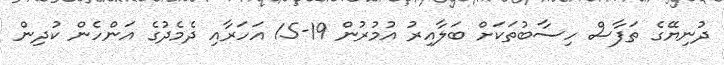
ދުނިޔޭގެ ތަފާސް ހިސާބުތަކަށް ބަލާއިރު އުމުރުން 19-15 އަހަރާއި ދެމެދުގެ އަންހެން ކުދިން